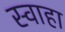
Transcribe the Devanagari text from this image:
स्‍वाहा